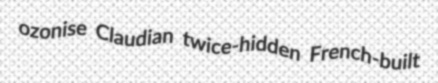
ozonise Claudian twice-hidden French-built